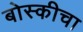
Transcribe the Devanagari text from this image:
बोस्कीचा